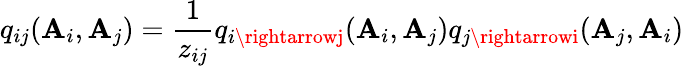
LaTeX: q_{ij}(\mathbf{A}_{i},\mathbf{A}_{j})=\frac{{1}}{{z_{ij}}}q_{i\rightarrowj}(\mathbf{A}_{i},\mathbf{A}_{j})q_{j\rightarrowi}(\mathbf{A}_{j},\mathbf{A}_{i})